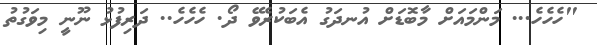
"ހެހެހެ... މަންމައަށް މާބޮޑަށް އުނދަގު އެބަކުރެވޭ ދޯ. ހެހެހެ.. ދަރިފުޅު ނޫނީ މިވަގުތު